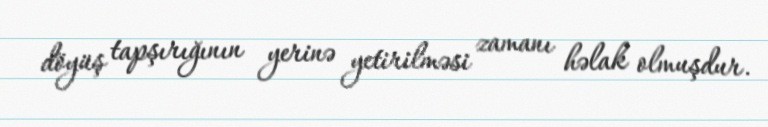
döyüş tapşırığının yerinə yetirilməsi zamanı həlak olmuşdur.